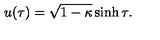
u ( \tau ) = \sqrt { 1 - \kappa } \sinh \tau .